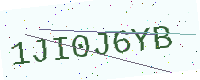
Text: 1JI0J6YB